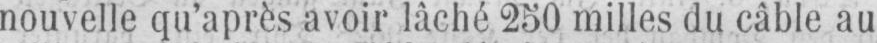
nouvelle qu’après avoir lâché 250 milles du câble au